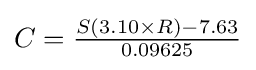
{\textstyle C={\frac {S(3.10\times R)-7.63}{0.09625}}}